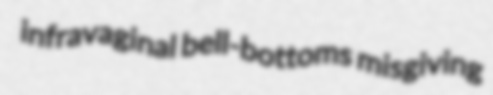
infravaginal bell-bottoms misgiving